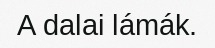
A dalai lámák.